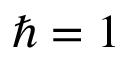
\hbar = 1